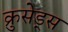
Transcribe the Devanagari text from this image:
क्रुसेड्स